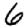
Digit: 6